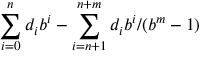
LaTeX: \sum _ { i = 0 } ^ { n } d _ { i } b ^ { i } - \sum _ { i = n + 1 } ^ { n + m } d _ { i } b ^ { i } / ( b ^ { m } - 1 )